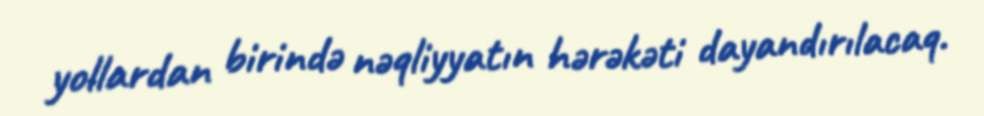
yollardan birində nəqliyyatın hərəkəti dayandırılacaq.